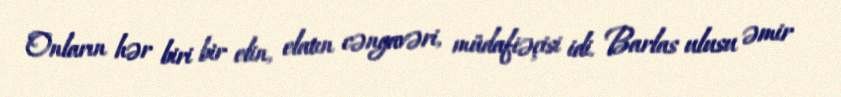
Onların hər biri bir elin, elatın cəngavəri, müdafiəçisi idi. Barlas ulusu əmir